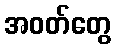
အဝတ်တွေ